Code of medical and sanitary regulations for the guidance of medical officers serving in the Madras Presidency - Volume II
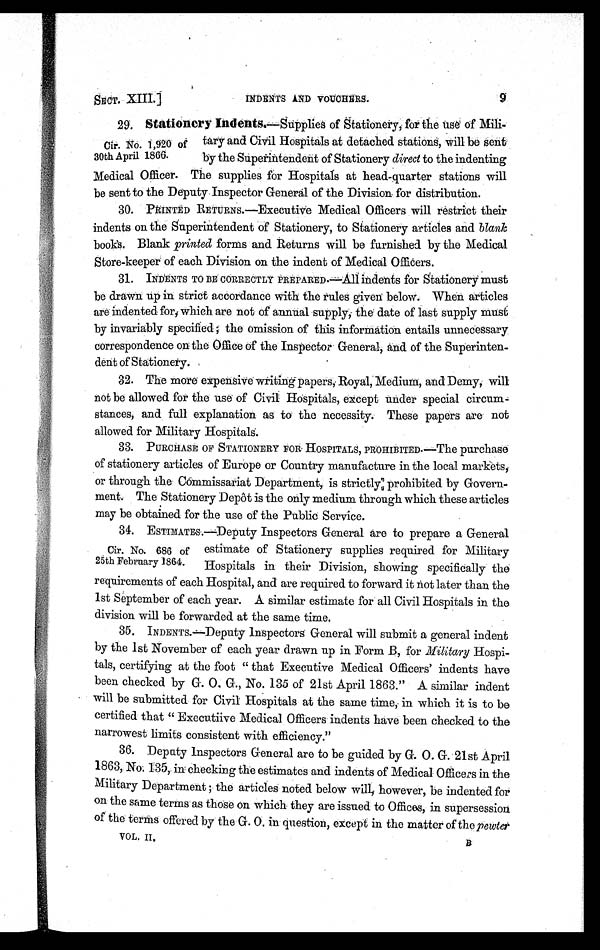
SECT. XIII.]
INDENTS AND VOUCHERS. 9
29. Stationery Indents.—Supplies of Stationery; for the use of Mili
tary and Civil Hospitals at detached stations, will be sent
by the Superintendent of Stationery direct to the indenting
Medical Officer. The supplies for Hospitals at head-quarter stations will
be sent to the Deputy Inspector General of the Division for distribution.
30. PRINTED RETURNS.—Executive Medical Officers will restrict their
indents on the Superintendent of Stationery, to Stationery articles and blank
books. Blank printed forms and. Returns will be furnished by the Medical
Store-keeper of each Division on the indent of Medical Officers.
31. INDENTS TO BE CORRECTLY PREPARED.—A11 indents for Stationery must
be drawn up in strict accordance with the rules given below. When articles
are indented for; which are not of annual supply, the date of last supply must
by i nvar i abl y s peci f i ed ; t he omi s s i on of t hi s i nf or mat i on ent ai l s unneces s ar y
correspondence on the Office of the Inspector General, and of the Superinten-
dent of Stationery.
32. The More expensive writing papers, Royal, Medium, and Demy, will
not be allowed for the use of Civil Hospitals, except under special circum-
stances, and full explanation as to the necessity. These papers are not
allowed for Military Hospitals.
33. PURCHASE OF STATIONERY FOR HOSPITALS, PROHIBITED.—The purchase
of stationery articles of Europe or Country manufacture in the local markets,
or through the Commissariat Department, is strictly; prohibited by Govern-
ment. The Stationery Depôt is the only medium through which these articles
may be obtained for the use of the Public Service.
34.
ESTIMATES.—DeputyInspector General are to prepare a General
estimate of Stationery supplies required for Military
Hospitals in their Division, showing specifically the
requirements of each Hospital, and are required to forward it not later than the
1st September of each year. A similar estimate for all Civil Hospitals in the
division will be forwarded at the same time.
35. I N D E N T S . —D e p u t y I n s p e c t o r s G e n e r a l w i l l s u b m i t a g e n e r a l i n d e n t
by the 1st November of each year drawn up in Form B, for Military Hospi-
tals, certifying at the foot " that Executive Medical Officers' indents have
been checked by G. O. G., No. 135 of 21st April 1863." A similar indent
will be submitted for Civil Hospitals at the same time, in which it is to be
certified that " Executiive Medical Officers indents have been checked to the
narrowest limits consistent with efficiency."
36. Deputy Inspectors General are to be guided by G. O. G. 21st April
1863, No: 135, in checking the estimates and indents of Medical Officers in the
Military Department ; the articles noted below will, however, be indented for
on the same terms as those on which they are issued to Offices, in supersession
of the terms offered by the G. O. in question, except in the matter of the pewter
VOL. II. B
Cir. No. 1,920 of
30th April 1866.
Cir. No. 686 of
25th February 1864.